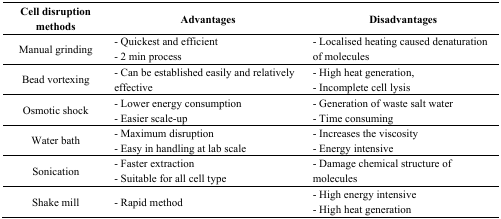
<table><thead><tr><td><b>Cell disruption methods</b></td><td><b>Advantages</b></td><td><b>Disadvantages</b></td></tr></thead><tbody><tr><td>Manual grinding</td><td>- Quickest and efficient - 2 min process </td><td>- Localised heating caused denaturation of molecules</td></tr><tr><td>Bead vortexing</td><td>- Can be established easily and relatively effective</td><td>- High heat generation,- Incomplete cell lysis</td></tr><tr><td>Osmotic shock</td><td>- Lower energy consumption- Easier scale-up </td><td>- Generation of waste salt water- Time consuming</td></tr><tr><td>Water bath</td><td>- Maximum disruption - Easy in handling at lab scale</td><td>- Increases the viscosity - Energy intensive </td></tr><tr><td>Sonication</td><td>- Faster extraction- Suitable for all cell type</td><td>- Damage chemical structure of molecules</td></tr><tr><td>Shake mill</td><td>- Rapid method </td><td>- High energy intensive- High heat generation</td></tr></tbody></table>